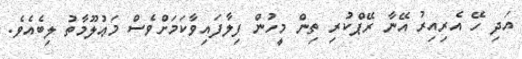
އަދި ހޭ އެރިއިރު އޭނާ ރޭޕްކުރި ތިން މީހުން ފިލާފައިވާކަމަށްވެސް މަޢުލޫމާތު ލިބެއެވެ.